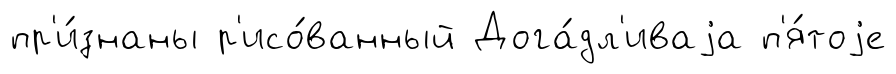
пр'и́знаны р'исо́ванный Дога́дл'иваjа п'я́тоjе